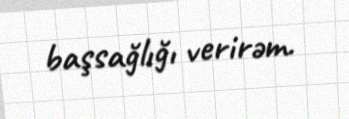
başsağlığı verirəm.